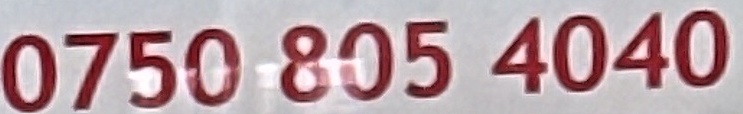
0750 805 4040